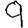
Digit: 9